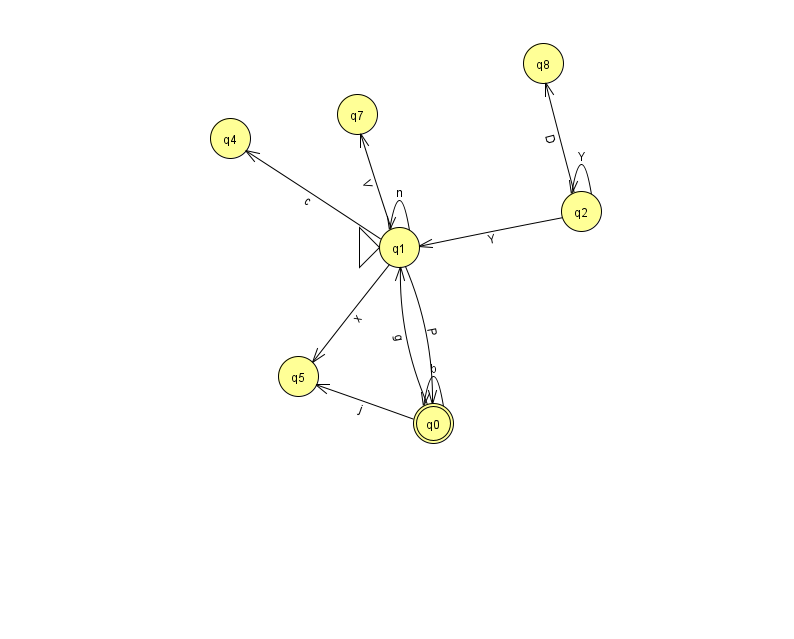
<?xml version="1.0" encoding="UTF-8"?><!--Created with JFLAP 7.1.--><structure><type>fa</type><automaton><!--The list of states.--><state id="0" name="q0"><x>433.0</x><y>410.0</y><final/></state><state id="1" name="q1"><x>399.0</x><y>234.0</y><initial/></state><state id="2" name="q2"><x>581.0</x><y>198.0</y></state><state id="4" name="q4"><x>230.0</x><y>125.0</y></state><state id="5" name="q5"><x>298.0</x><y>363.0</y></state><state id="7" name="q7"><x>357.0</x><y>101.0</y></state><state id="8" name="q8"><x>543.0</x><y>50.0</y></state><!--The list of transitions.--><transition><from>0</from><to>0</to><read>b</read></transition><transition><from>0</from><to>1</to><read>g</read></transition><transition><from>1</from><to>0</to><read>P</read></transition><transition><from>1</from><to>7</to><read>V</read></transition><transition><from>2</from><to>2</to><read>Y</read></transition><transition><from>1</from><to>5</to><read>x</read></transition><transition><from>2</from><to>8</to><read>D</read></transition><transition><from>0</from><to>5</to><read>j</read></transition><transition><from>1</from><to>4</to><read>c</read></transition><transition><from>2</from><to>1</to><read>Y</read></transition><transition><from>1</from><to>1</to><read>n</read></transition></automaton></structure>